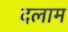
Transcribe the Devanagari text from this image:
दलाम